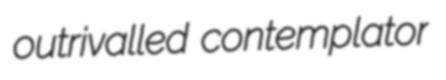
outrivalled contemplator